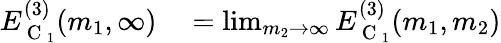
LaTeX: \begin{array}{rl}{E_{\mathrm{~C~}_{1}}^{(3)}(m_{1},\infty)}&{{}=\operatorname*{lim}_{m_{2}\rightarrow\infty}E_{\mathrm{~C~}_{1}}^{(3)}(m_{1},m_{2})}\end{array}